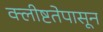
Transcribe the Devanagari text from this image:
क्लीष्टतेपासून